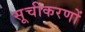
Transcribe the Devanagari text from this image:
सूचीकरणों